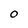
Character: 0